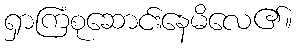
ရှာကြံစုဆောင်းနေမိလေ၏။